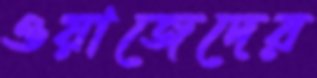
ওয়াজেদের